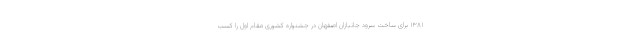
۱۳۸۱ برای ساخت سرود جانبازان اصفهان در جشنواره کشوری مقام اول را کسب